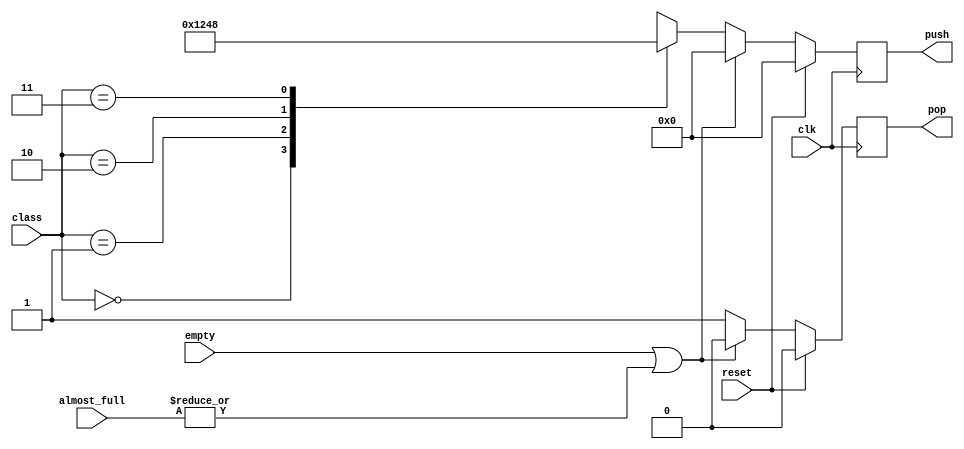
module arbitro2 (
    input clk, empty, reset,
    input [1:0] class,
    input [3:0] almost_full,
    output reg pop,
    output reg [3:0] push
);

//reg [1:0] selector;

always @(posedge clk)begin
    if (reset) begin
        pop <= 0; push <= 0;
    end
    
    else begin
        if (empty || |almost_full) begin 
            pop <= 0;
            push <= 0;
        end else begin
            pop <= 1;
            case (class)
                0: push <= 4'b0001;
                1: push <= 4'b0010; 
                2: push <= 4'b0100;
                3: push <= 4'b1000;
                default: push <= 4'b0000;
            endcase
        end
    end
    
end
endmodule